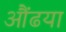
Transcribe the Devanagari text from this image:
औंढया